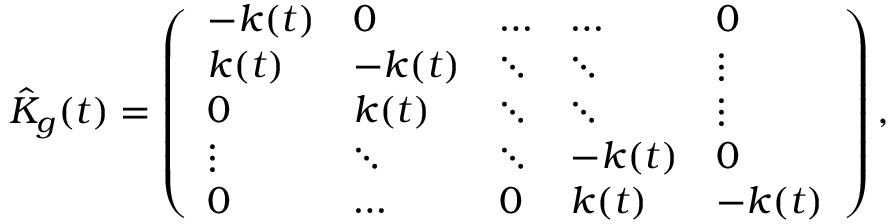
\hat { K } _ { g } ( t ) = \left( \begin{array} { l l l l l } { - k ( t ) } & { 0 } & { \hdots } & { \hdots } & { 0 } \\ { k ( t ) } & { - k ( t ) } & { \ddots } & { \ddots } & { \vdots } \\ { 0 } & { k ( t ) } & { \ddots } & { \ddots } & { \vdots } \\ { \vdots } & { \ddots } & { \ddots } & { - k ( t ) } & { 0 } \\ { 0 } & { \hdots } & { 0 } & { k ( t ) } & { - k ( t ) } \end{array} \right) ,